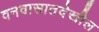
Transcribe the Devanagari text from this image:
वनवासातदेखील